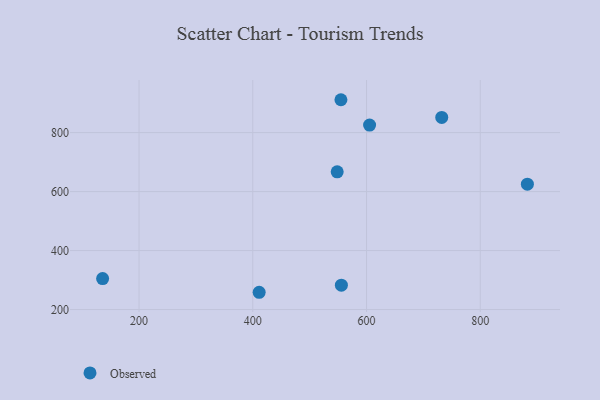
{"axis": {"x": "Speed", "y": "Sales"}, "legend": ["Observed"], "data": [{"x": "732.3", "y": 851.4, "type": "Observed"}, {"x": "135.9", "y": 304.9, "type": "Observed"}, {"x": "548.4", "y": 667.0, "type": "Observed"}, {"x": "605.4", "y": 825.4, "type": "Observed"}, {"x": "555.8", "y": 282.6, "type": "Observed"}, {"x": "882.9", "y": 625.2, "type": "Observed"}, {"x": "555.0", "y": 911.4, "type": "Observed"}, {"x": "411.2", "y": 258.6, "type": "Observed"}]}